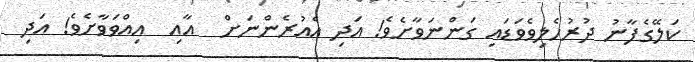
ކަލޭގެފާނު ދުރުހެލިވެވަޑައި ގަންނަވާށެވެ! އަދި އެއުރެންނަށް  އާއި  އިއްވަވާށެވެ! އަދި